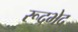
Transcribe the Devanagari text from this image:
रूद्रभेद